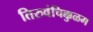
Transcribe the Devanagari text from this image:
तिरुवंचिक्कुळम